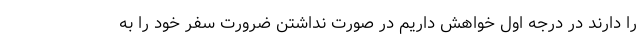
را دارند در درجه اول خواهش داریم در صورت نداشتن ضرورت سفر خود را به